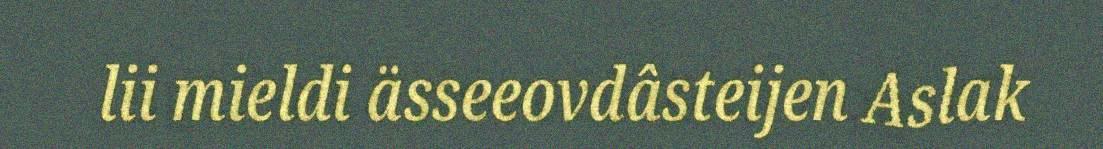
lii mieldi ässeeovdâsteijen Aslak